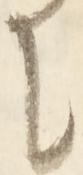
に